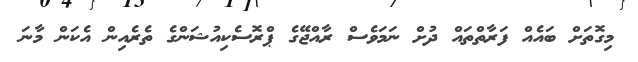
މިގޮތަށް ބައެއް ފަރާތްތައް ދުށް ނަމަވެސް ރާއްޖޭގެ ޕްރޮސެކިއުޝަންގެ ތެރެއިން އެކަން މާނަ